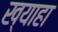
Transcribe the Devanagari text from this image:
ख्याहा